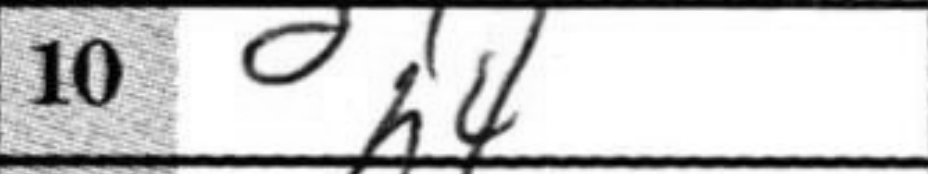
Transcription: h4